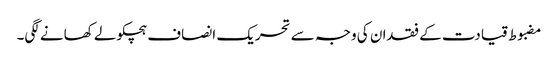
مضبوط قیادت کے فقدان کی وجہ سے تحریک انصاف ہچکولے کھانے لگی۔